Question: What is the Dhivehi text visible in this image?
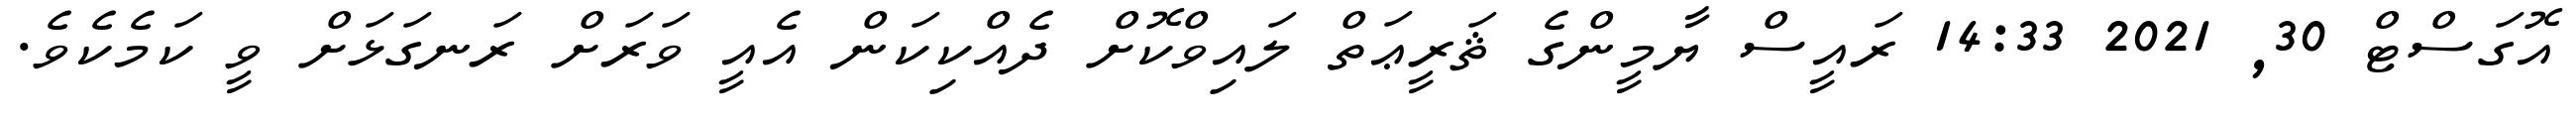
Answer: އޮގަސްޓް 30, 2021 14:33 ރައީސް ޔާމީންގެ ޘަރީޢަތް ލައިވްކޮށް ދެއްކިކަން އެއީ ވަރަށް ރަނގަޅަށް ވީ ކަމެކެވެ.